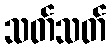
သတ်သတ်